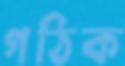
গঠিক